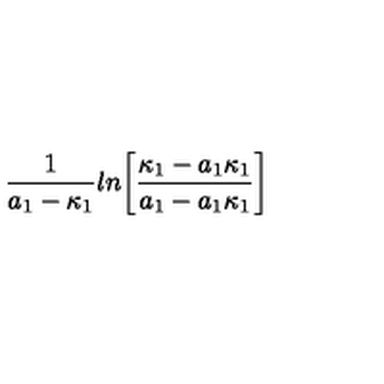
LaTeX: { \frac { 1 } { a _ { 1 } - \kappa _ { 1 } } } l n \biggl [ { \frac { \kappa _ { 1 } - a _ { 1 } \kappa _ { 1 } } { a _ { 1 } - a _ { 1 } \kappa _ { 1 } } } \biggr ]